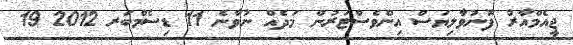
ޖީއެމްއާރު ފޮނުވާލިޔަސް އިންވެސްޓަރުން މަދެއް ނުވާނެ 11 ޑިސެމްބަރ 2012 19